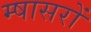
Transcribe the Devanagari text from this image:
म्षासरों